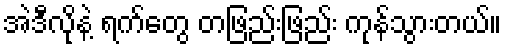
အဲဒီလိုနဲ့ ရက်တွေ တဖြည်းဖြည်း ကုန်သွားတယ်။